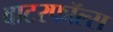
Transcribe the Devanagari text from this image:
वाटरफॉल्स